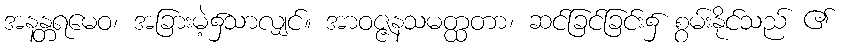
အနန္တရမေဝ၊ အခြားမဲ့၌သာလျှင်။ အာဝဇ္ဇနသမတ္ထတာ၊ ဆင်ခြင်ခြင်း၌ စွမ်းနိုင်သည် ၏